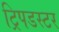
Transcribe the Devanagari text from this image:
ट्रिपडस्टर